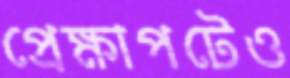
প্রেক্ষাপটেও